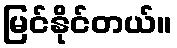
မြင်နိုင်တယ်။